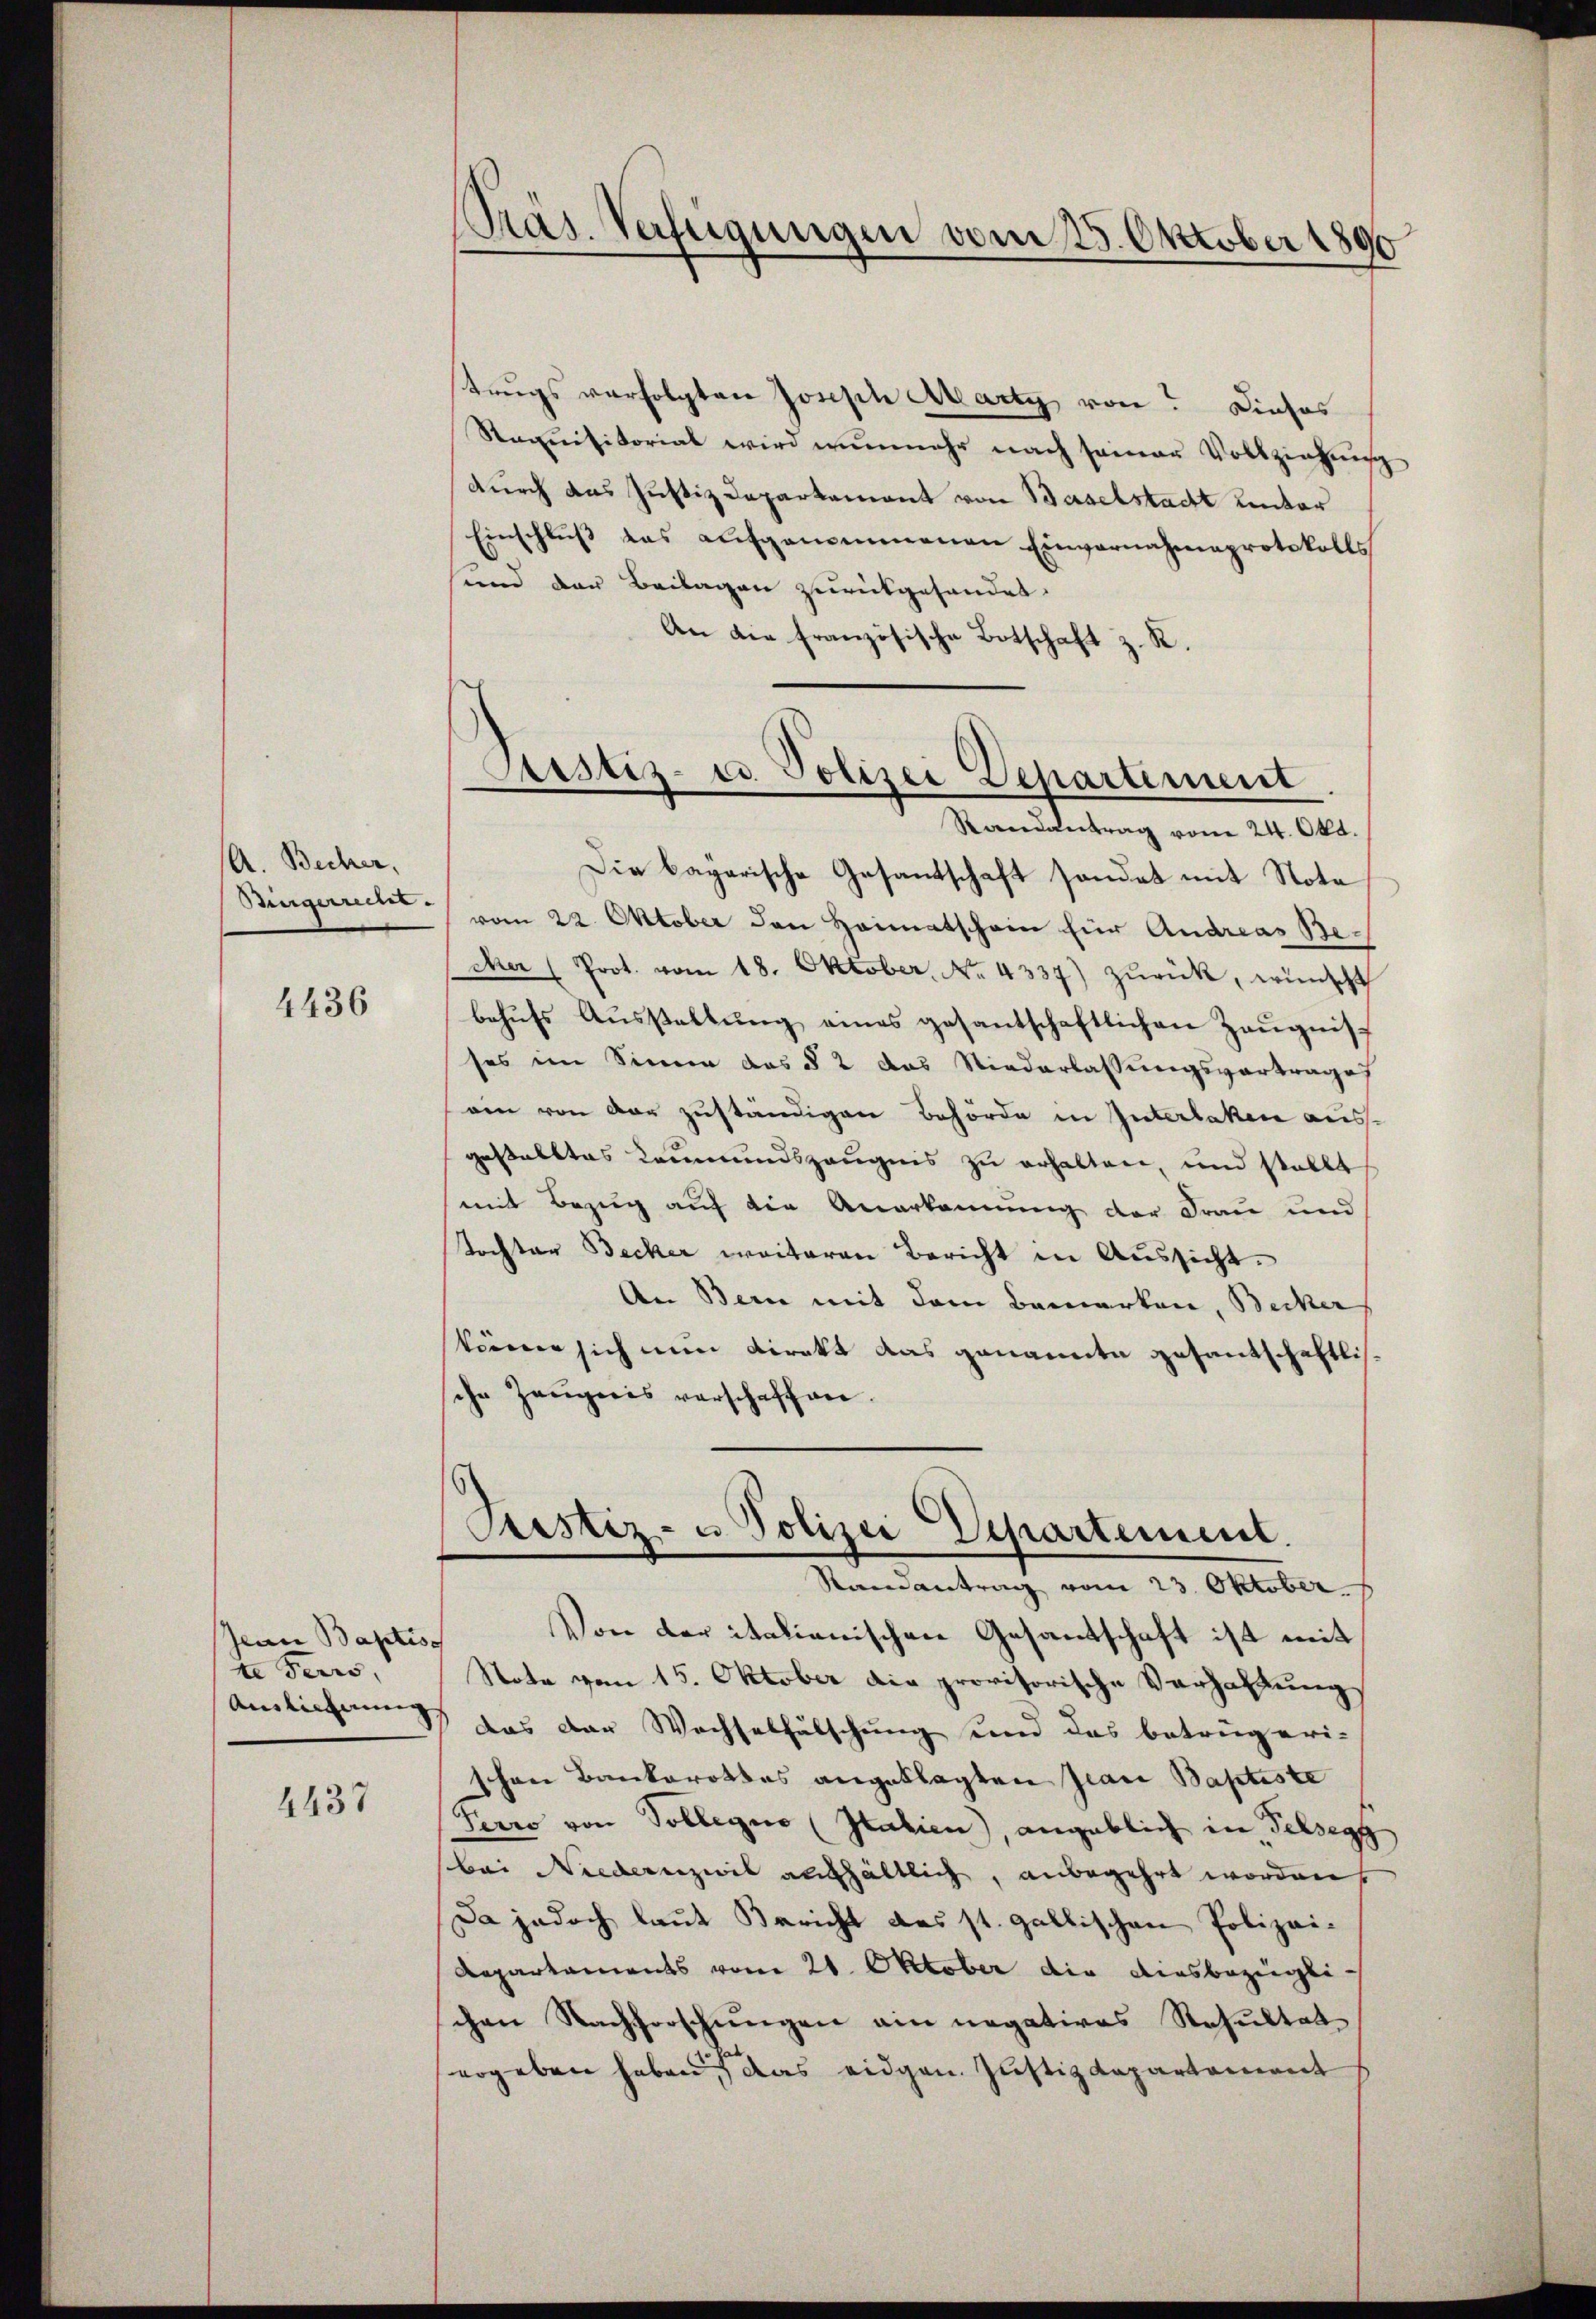
A. Becher,

4436

Jean Baptisc
te Ferrs
Ainlicherung

4437

Präs. Verfügungen vom 23. Oktober 1890

trugs verfolgten Joseph Marty von Dieses
Raquisitorial wird nunmehr nach seiner Vollziehung
durch das Justizdepartement von Baselstadt unter
Einschlŭβ das aufgenommenen Einvernahmaprotokolls
und der Beilagen zurückgehandet.
An die französische Botschaft z. R.
Randantrag vom 24. Okt.
Die bayerische Gesantschaft sondet mit Nota
Bingerrech (vom 22. Oktober den Heimatschein für Andreas Be-
cher (Prot. vom 18. Oktober. No. 4337) zŭrück, wünscht
behufs Ausstellung eines gesantschaftlichen Zeugnisses im Sinne das § 2 das Niederlassungsvortrages
ain von der zuständigen Behörde in Interlaken ausgestelltes Leumundszeugnis zu erhalten, und stellt
mit Bezug auf die Anerkennung der Frau und
Tochter Becker weiteren Bericht in Aussicht.
An Bern mit dem Bemerken, Becker
körnen sich nun direkt das genannte gesantschaftliche Zeugnis verschaffen.
Justiz- u Polizei Departement.
Ramantrag vom 23. Oktober
Von der italienischen Gesantschaft ist mit
Note vom 15. Oktober die provisorische Verhaltung
) Das der Wechselfälschung und das betrügeri-
schen Bankerottes angeklagten Jean Baptiste
Perro von Sollegio (Italien), angeblich in Felsegg
bei Niedern zivil aufhältlich, anbegehrt worden
Da jedoch laut Bericht das st. gallischen Polizei¬
Repartaments vom 21. Oktober die diesbezügli
chen Nachforschungen ain negatives Resultat
ergeben haben, das eidgen. Justizdepartement

Justiz- u. Polizei Departement